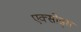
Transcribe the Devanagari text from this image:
एक्सोड्स